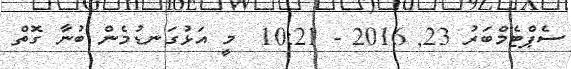
ސެޕްޓެމްބަރު 23